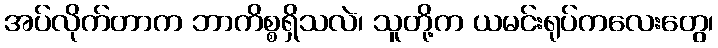
အပ်လိုက်တာက ဘာကိစ္စရှိသလဲ၊ သူတို့က ယမင်းရုပ်ကလေးတွေ၊